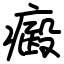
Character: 㿄